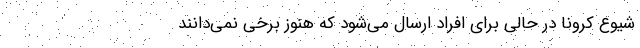
شیوع کرونا در حالی برای افراد ارسال می‌شود که هنوز برخی نمی‌دانند